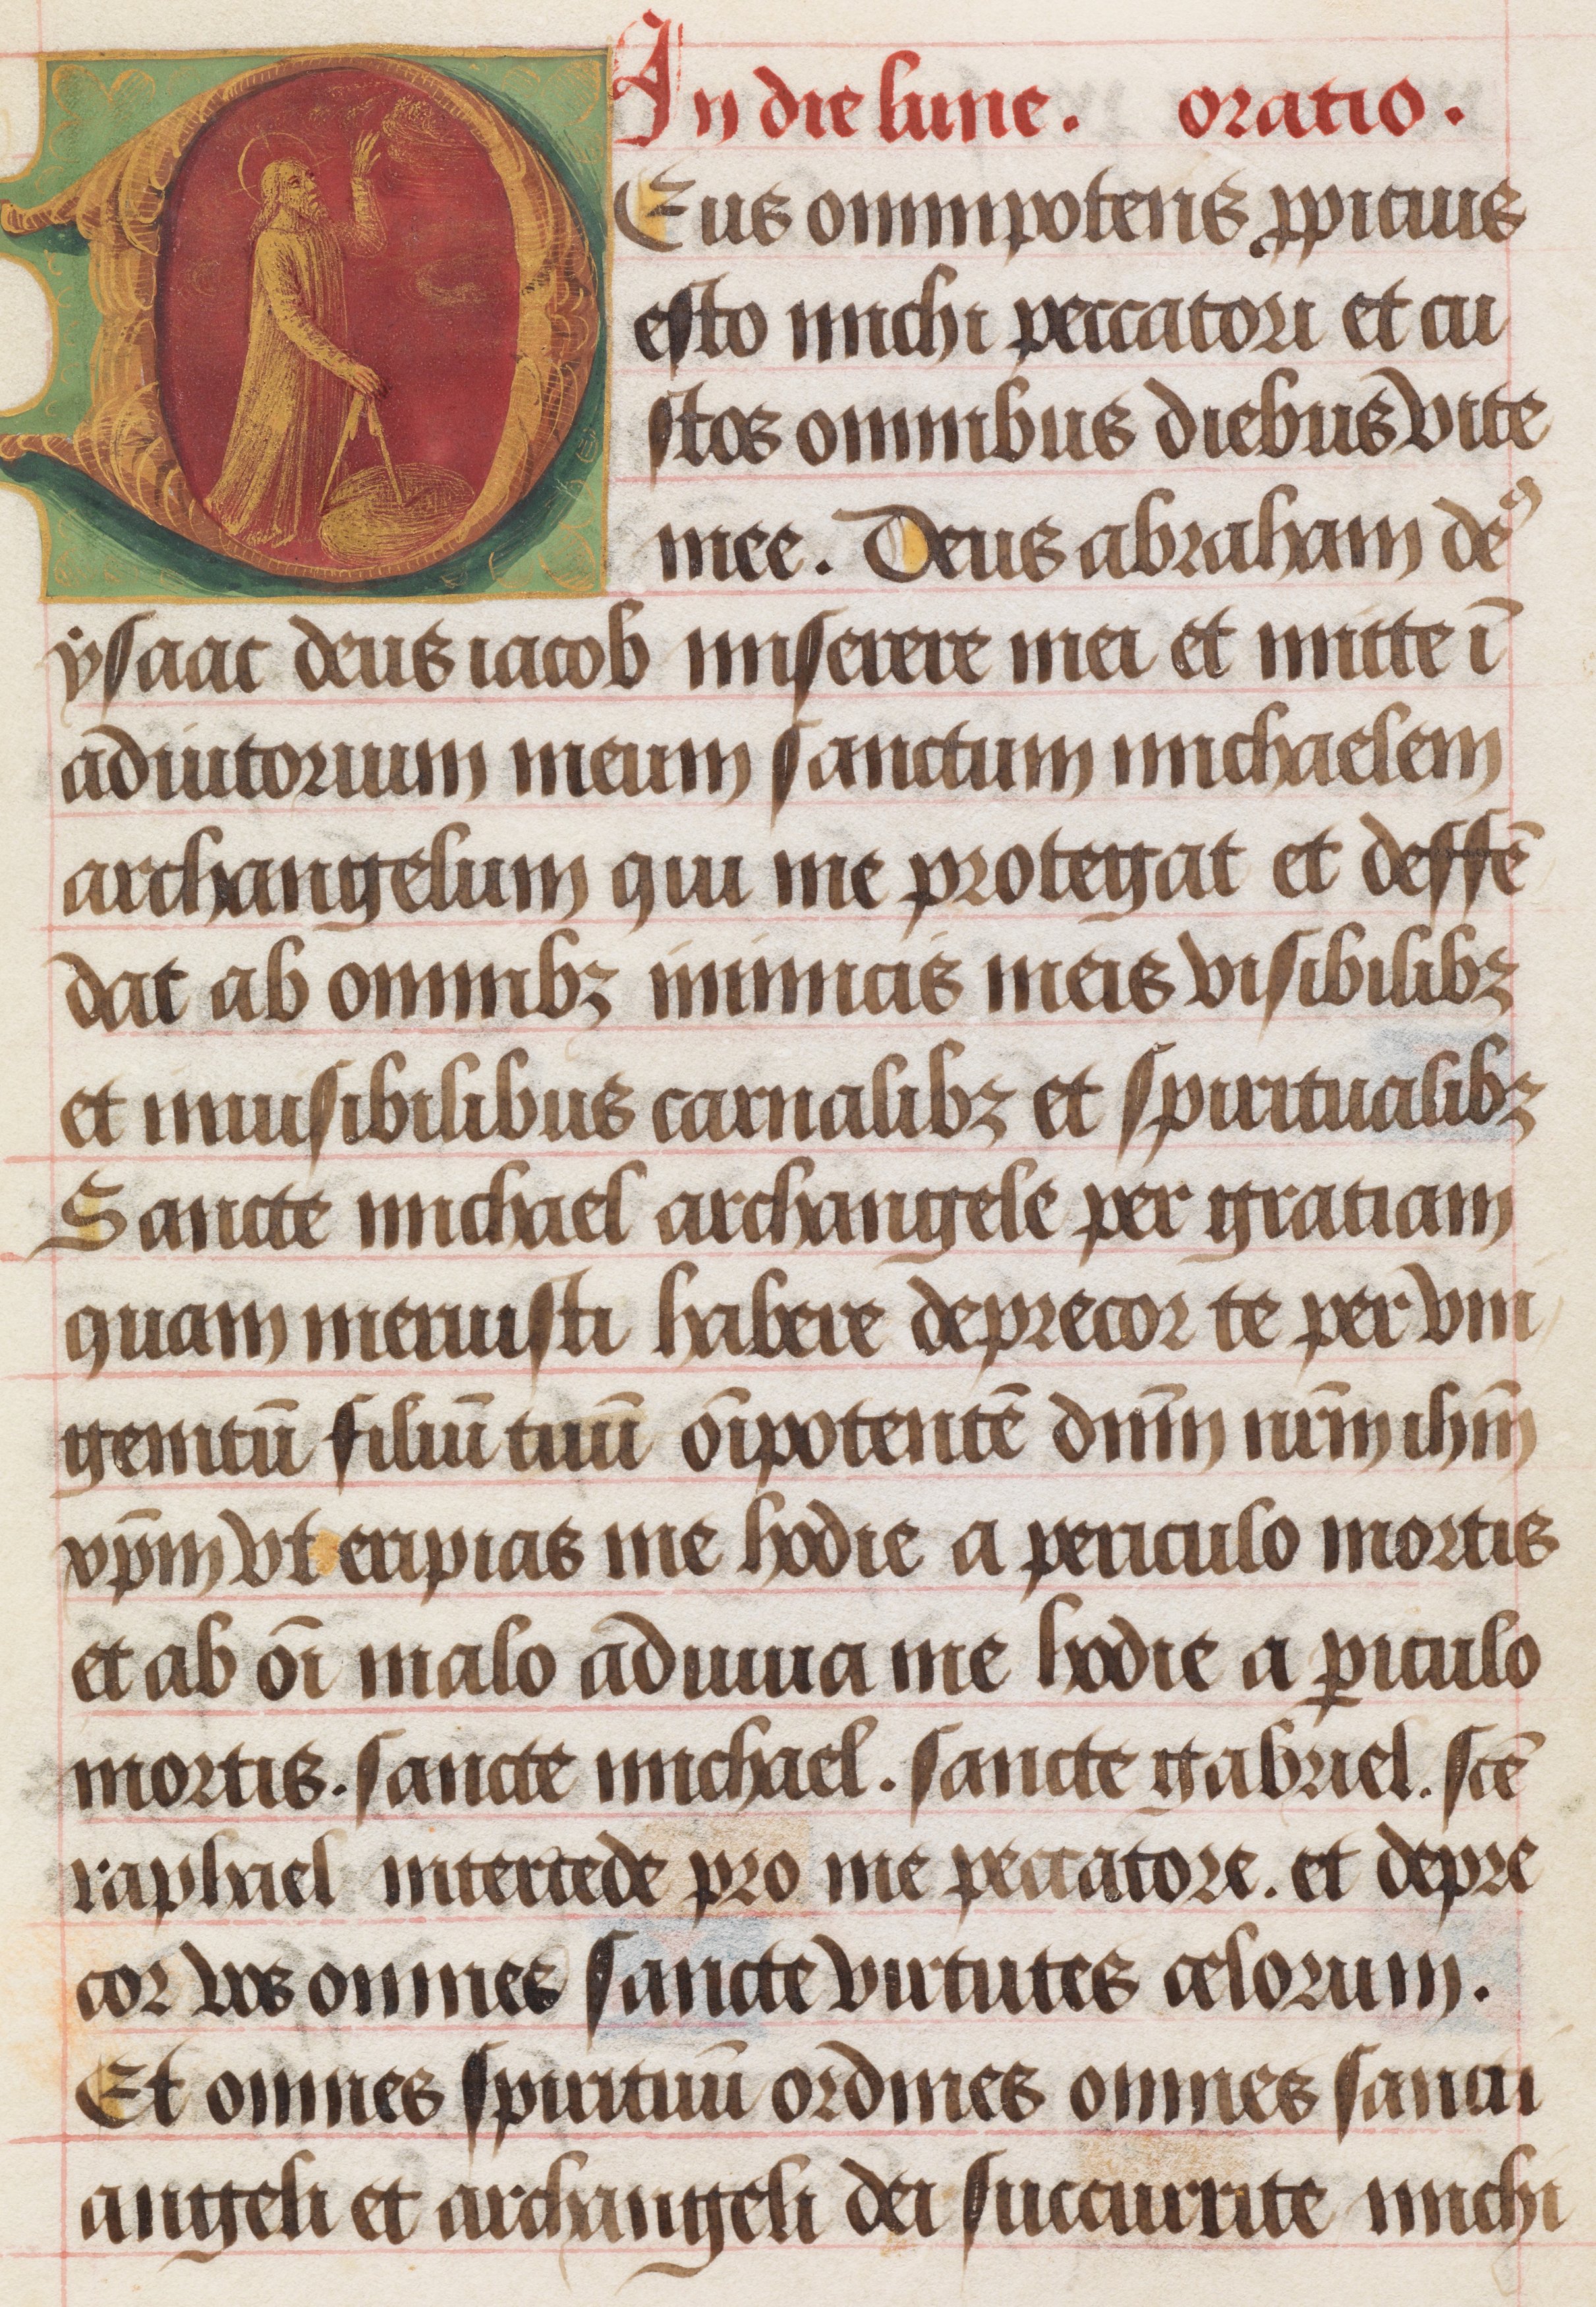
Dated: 1480–1490